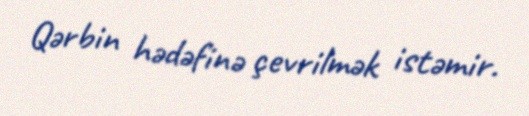
Qərbin hədəfinə çevrilmək istəmir.